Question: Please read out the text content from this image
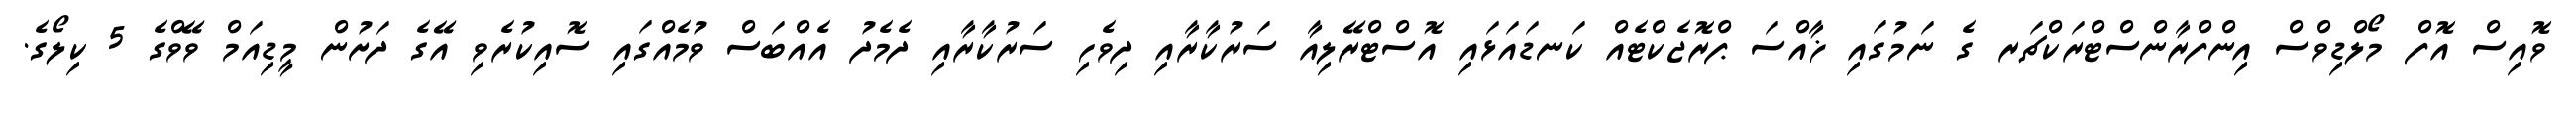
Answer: ވޮއިސް އޮފް މޯލްޑިވްސް އިންފްރާންސްޓްރަކްޗަރ ގެ ނަމުގައި ޚާއްސަ ޕްރޮޖެކްޓެއް ކަނޑައަޅައި އޮސްޓްރޭލިއާ ސަރުކާރާއި ދިވެހި ސަރުކާރާއި ދެމެދު އެއްބަސް ވުމެއްގައި ސޮއިކުރެވި އޭގެ ދަށުން މީޑިއަމް ވޭވްގެ 5 ކިލޯގެ.